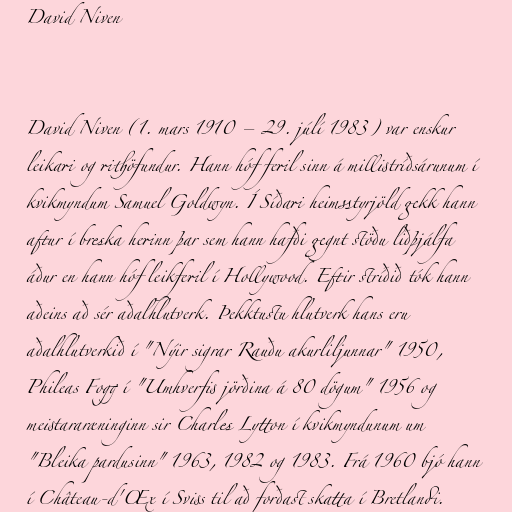
David Niven

David Niven (1. mars 1910 – 29. júlí 1983) var enskur
leikari og rithöfundur. Hann hóf feril sinn á millistríðsárunum í
kvikmyndum Samuel Goldwyn. Í Síðari heimsstyrjöld gekk hann
aftur í breska herinn þar sem hann hafði gegnt stöðu liðþjálfa
áður en hann hóf leikferil í Hollywood. Eftir stríðið tók hann
aðeins að sér aðalhlutverk. Þekktustu hlutverk hans eru
aðalhlutverkið í "Nýir sigrar Rauðu akurliljunnar" 1950,
Phileas Fogg í "Umhverfis jörðina á 80 dögum" 1956 og
meistararæninginn sir Charles Lytton í kvikmyndunum um
"Bleika pardusinn" 1963, 1982 og 1983. Frá 1960 bjó hann
í Château-d'Œx í Sviss til að forðast skatta í Bretlandi.